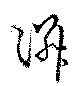
隣